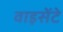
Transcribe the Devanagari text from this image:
वाइसेंटे